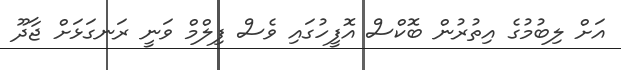
އަށް ލިބުމުގެ އިތުރުން ބޮކްސް އޮފީހުގައި ވެސް ފިލްމް ވަނީ ރަނގަޅަށް ޖާދޫ